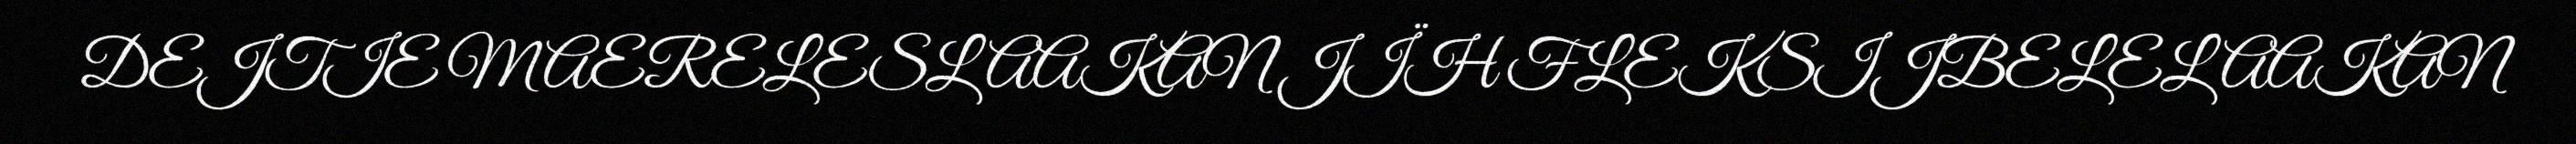
DEJTIE MAERELESLAAKAN JÏH FLEKSIJBELELAAKAN